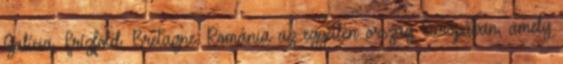
Galícia, Frízföld, Bretagne. Románia az egyetlen ország Európában, amely